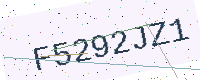
Text: F5292JZ1